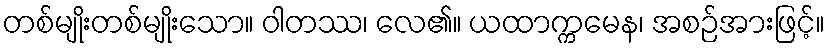
တစ်မျိုးတစ်မျိုးသော။ ဝါတဿ၊ လေ၏။ ယထာက္ကမေန၊ အစဉ်အားဖြင့်။